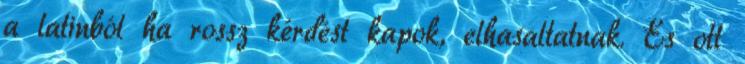
a latinból ha rossz kérdést kapok, elhasaltatnak. És ott